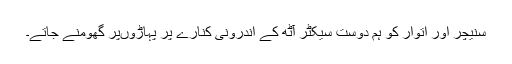
سنیچر اور اتوار کو ہم دوست سیکٹر آٹھ کے اندرونی کنارے پر پہاڑوںپر گھومنے جاتے۔